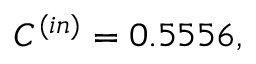
C ^ { ( i n ) } = 0 . 5 5 5 6 ,